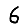
Digit: 6